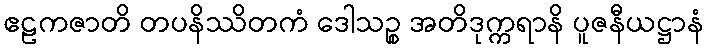
ဧဠကဇာတိ တပနိဿိတကံ ဒေါသဉ္စ အတိဒုက္ကရာနိ ပူဇနီယဋ္ဌာနံ